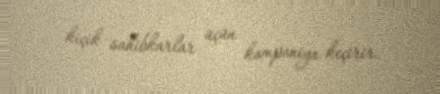
kiçik sahibkarlar üçün kampaniya keçirir.